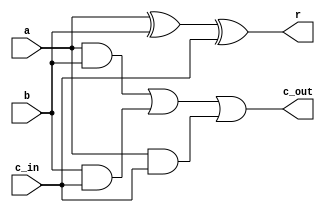
module one_bit_adder (a, b, c_in, r, c_out);
    input a;
    input b;
    input c_in;
    output r;
    output c_out;

    assign r = (a ^ b ^ c_in);
    assign c_out = (a & b) | (b & c_in) | (a & c_in);
    
endmodule

module four_bit_subtractor(a, b, carry_in, r, c_out);
    input [3:0] a, b;
    input carry_in;
    output [3:0] r;
    output c_out;

    wire [3:0] c;
    one_bit_adder adder0 (a[0], ~b[0], carry_in, r[0], c[0]);
    one_bit_adder adder1 (a[1], ~b[1], c[0], r[1], c[1]);
    one_bit_adder adder2 (a[2], ~b[2], c[1], r[2], c[2]);
    one_bit_adder adder3 (a[3], ~b[3], c[2], r[3], c[3]);
    assign c_out = c[3];
    
endmodule

module eight_bit_subtractor(a, b, r, c_out);

    input [7:0] a, b;
    output [7:0] r;
    output c_out;

    //wire [7:0] ir;
    wire [1:0] c;
    four_bit_subtractor sub0 (a[3:0], b[3:0], 1'b1, r[3:0], c[0]);
    four_bit_subtractor sub1 (a[7:4], b[7:4], c[0], r[7:4], c[1]);
    assign c_out = c[1];

    /* Attempt to take 2's complement if carry is zero
    if (c[1])
        twos_comp two (ir, r);
    else
        assign r = ir;
    */

endmodule